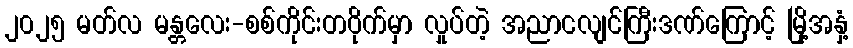
၂၀၂၅ မတ်လ မန္တလေး-စစ်ကိုင်းတဝိုက်မှာ လှုပ်တဲ့ အညာငလျင်ကြီးဒဏ်ကြောင့် မြို့အနှံ့